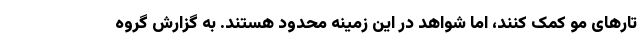
تارهای مو کمک کنند، اما شواهد در این زمینه محدود هستند. به گزارش گروه